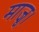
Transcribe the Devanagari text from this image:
माजू।